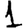
Digit: 1